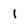
Character: 1